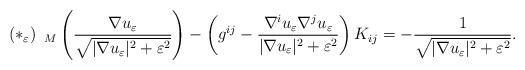
LaTeX: \begin{align*}{(*_{\varepsilon})}\,\,\, _M\left(\dfrac{\nabla u_{\varepsilon}}{\sqrt{|\nabla u_{\varepsilon}|^2+\varepsilon^2}}\right)-\left(g^{ij}-\dfrac{\nabla^iu_{\varepsilon}\nabla^ju_{\varepsilon}}{|\nabla u_{\varepsilon}|^2+\varepsilon^2}\right)K_{ij}=-\frac{1}{\sqrt{|\nabla u_{\varepsilon}|^2+\varepsilon^2}}.\end{align*}